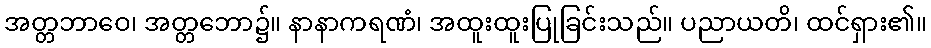
အတ္တဘာဝေ၊ အတ္တဘော၌။ နာနာကရဏံ၊ အထူးထူးပြုခြင်းသည်။ ပညာယတိ၊ ထင်ရှား၏။